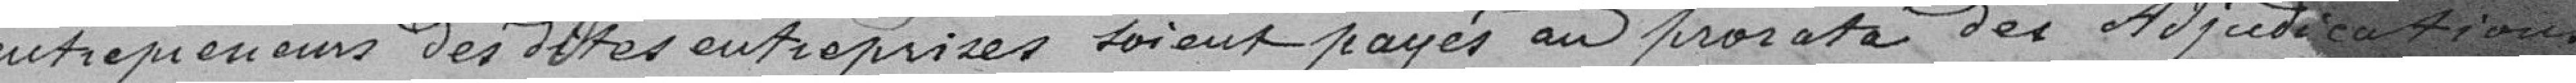
entrepreneurs de ces entreprises soient payés au prorata des adjudications